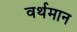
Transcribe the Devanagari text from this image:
वर्थमान